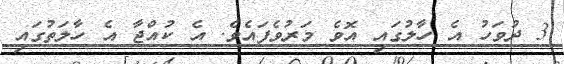
3 ދުވަހު އެ ހާލުގައި އޮވެ މަރުވެފައެވެ. އެ ކުއްޖާ އެ ހާލަތުގައި